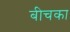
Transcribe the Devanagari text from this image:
बीचका